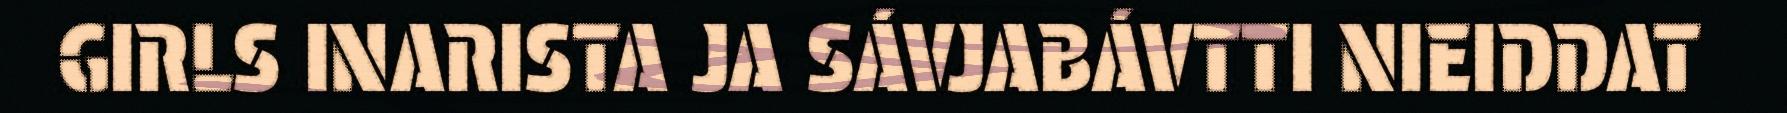
GIRLS INARISTA JA SÁVJABÁVTTI NIEIDDAT